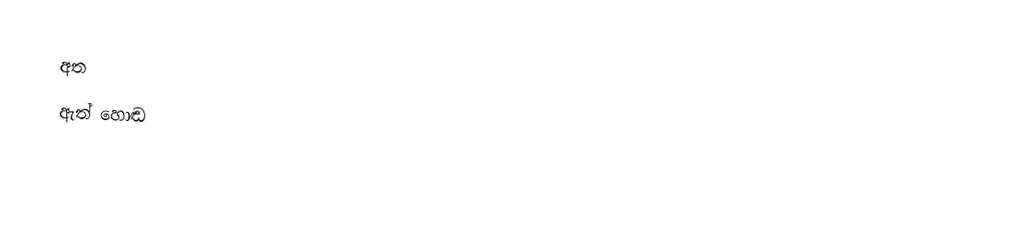
අත
 ඇත් හොඬ